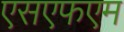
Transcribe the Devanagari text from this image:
एसएफएम